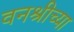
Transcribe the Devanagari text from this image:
वनश्रीच्या